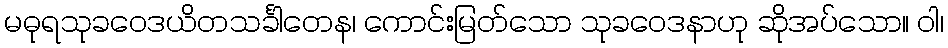
မဓုရသုခဝေဒယိတသင်္ခါတေန၊ ကောင်းမြတ်သော သုခဝေဒနာဟု ဆိုအပ်သော။ ဝါ၊